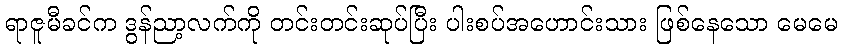
ရာဇူမီခင်က ဒွန်ညာ့လက်ကို တင်းတင်းဆုပ်ပြီး ပါးစပ်အဟောင်းသား ဖြစ်နေသော မေမေ